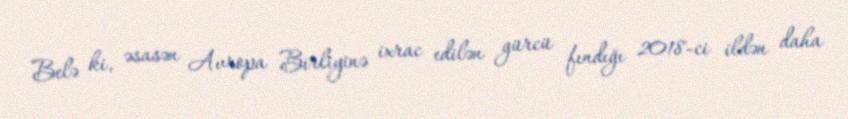
Belə ki, əsasən Avropa Birliyinə ixrac edilən gürcü fındığı 2018-ci ildən daha